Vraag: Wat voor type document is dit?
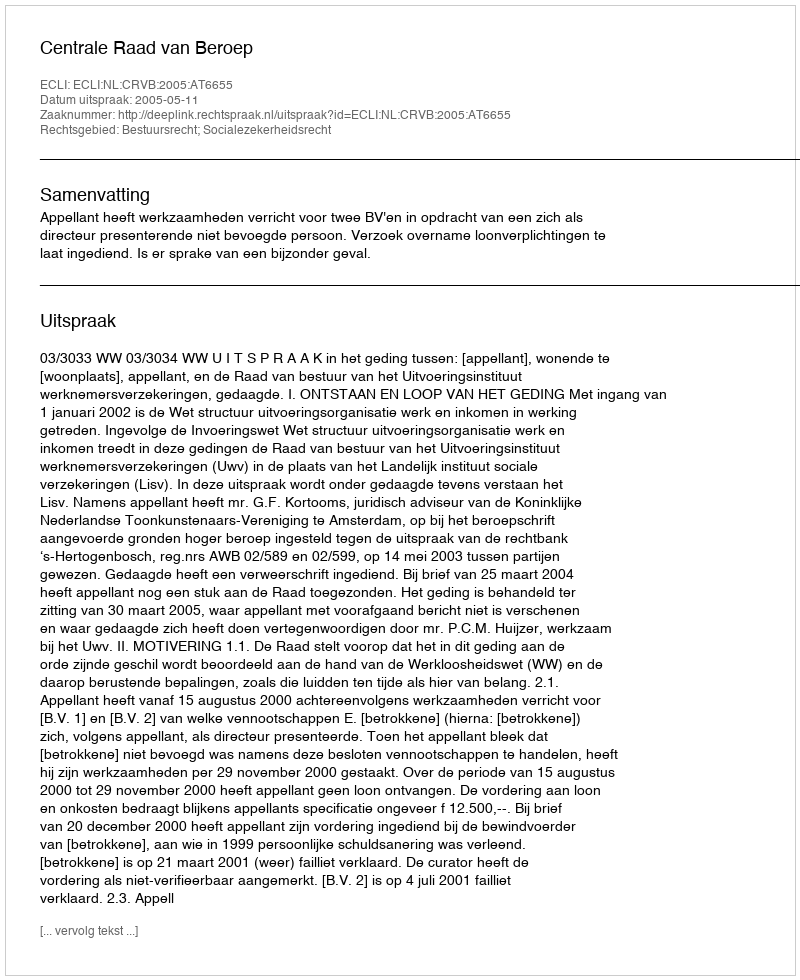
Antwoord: Uitspraak